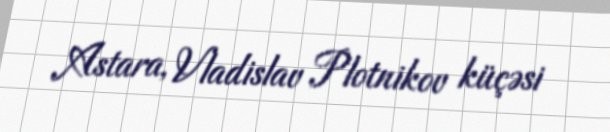
Astara, Vladislav Plotnikov küçəsi